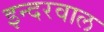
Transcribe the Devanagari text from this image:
इन्दरवाल